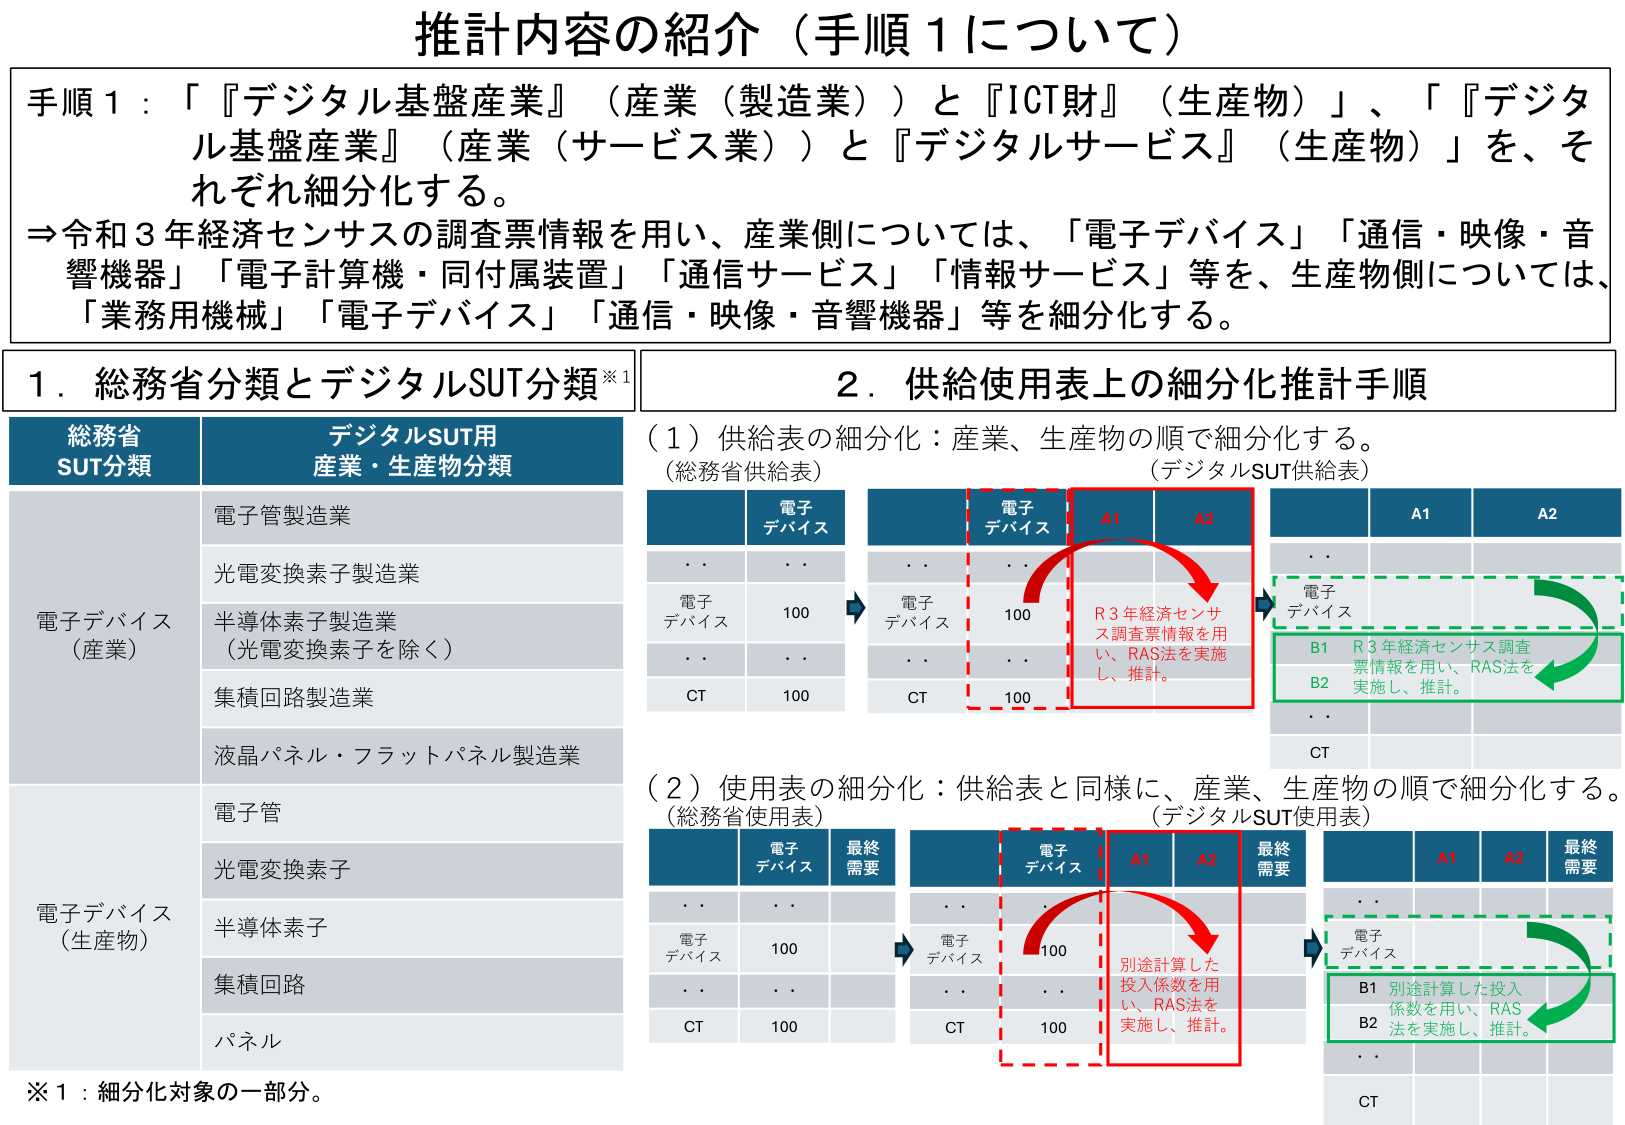
推計内容の紹介（手順1について）

手順1：「『デジタル基盤産業』（産業（製造業））と『ICT財』（生産物）」、「『デジタル基盤産業』（産業（サービス業））と『デジタルサービス』（生産物）」を、それぞれ細分化する。

⇒令和3年経済センサスの調査票情報を用い、産業側については、「電子デバイス」「通信・映像・音響機器」「電子計算機・同付属装置」「通信サービス」「情報サービス」等を、生産物側については、「業務用機械」「電子デバイス」「通信・映像・音響機器」等を細分化する。

1．総務省分類とデジタルSUT分類※1

総務省SUT分類　　　　　　　　デジタルSUT用産業・生産物分類

電子デバイス（産業）　　　　電子管製造業
　　　　　　　　　　　　　　光電変換素子製造業
　　　　　　　　　　　　　　半導体素子製造業（光電変換素子を除く）
　　　　　　　　　　　　　　集積回路製造業
　　　　　　　　　　　　　　液晶パネル・フラットパネル製造業

電子デバイス（生産物）　　　電子管
　　　　　　　　　　　　　　光電変換素子
　　　　　　　　　　　　　　半導体素子
　　　　　　　　　　　　　　集積回路
　　　　　　　　　　　　　　パネル

※1：細分化対象の一部。

2．供給使用表上の細分化推計手順

（1）供給表の細分化：産業、生産物の順で細分化する。
（総務省供給表）　　　　　　　　　　　　（デジタルSUT供給表）

　　　　　　電子デバイス　　　　　　　　　　電子デバイス　　　　　　A1　　　　A2
　　　　　　　　・　　　　　　　　　　　　　　　　・　　　　　　　　　　・　　　　・
　　　　　　電子デバイス　　　100　　　　　　電子デバイス　　　100　　　　　　　　　　　　　　　　　　電子デバイス
　　　　　　　　・　　　　　　　　　　　　　　　　・　　　　　　　　　　・　　　　・
　　　　　　CT　　　　　　100　　　　　　　　CT　　　　　　100